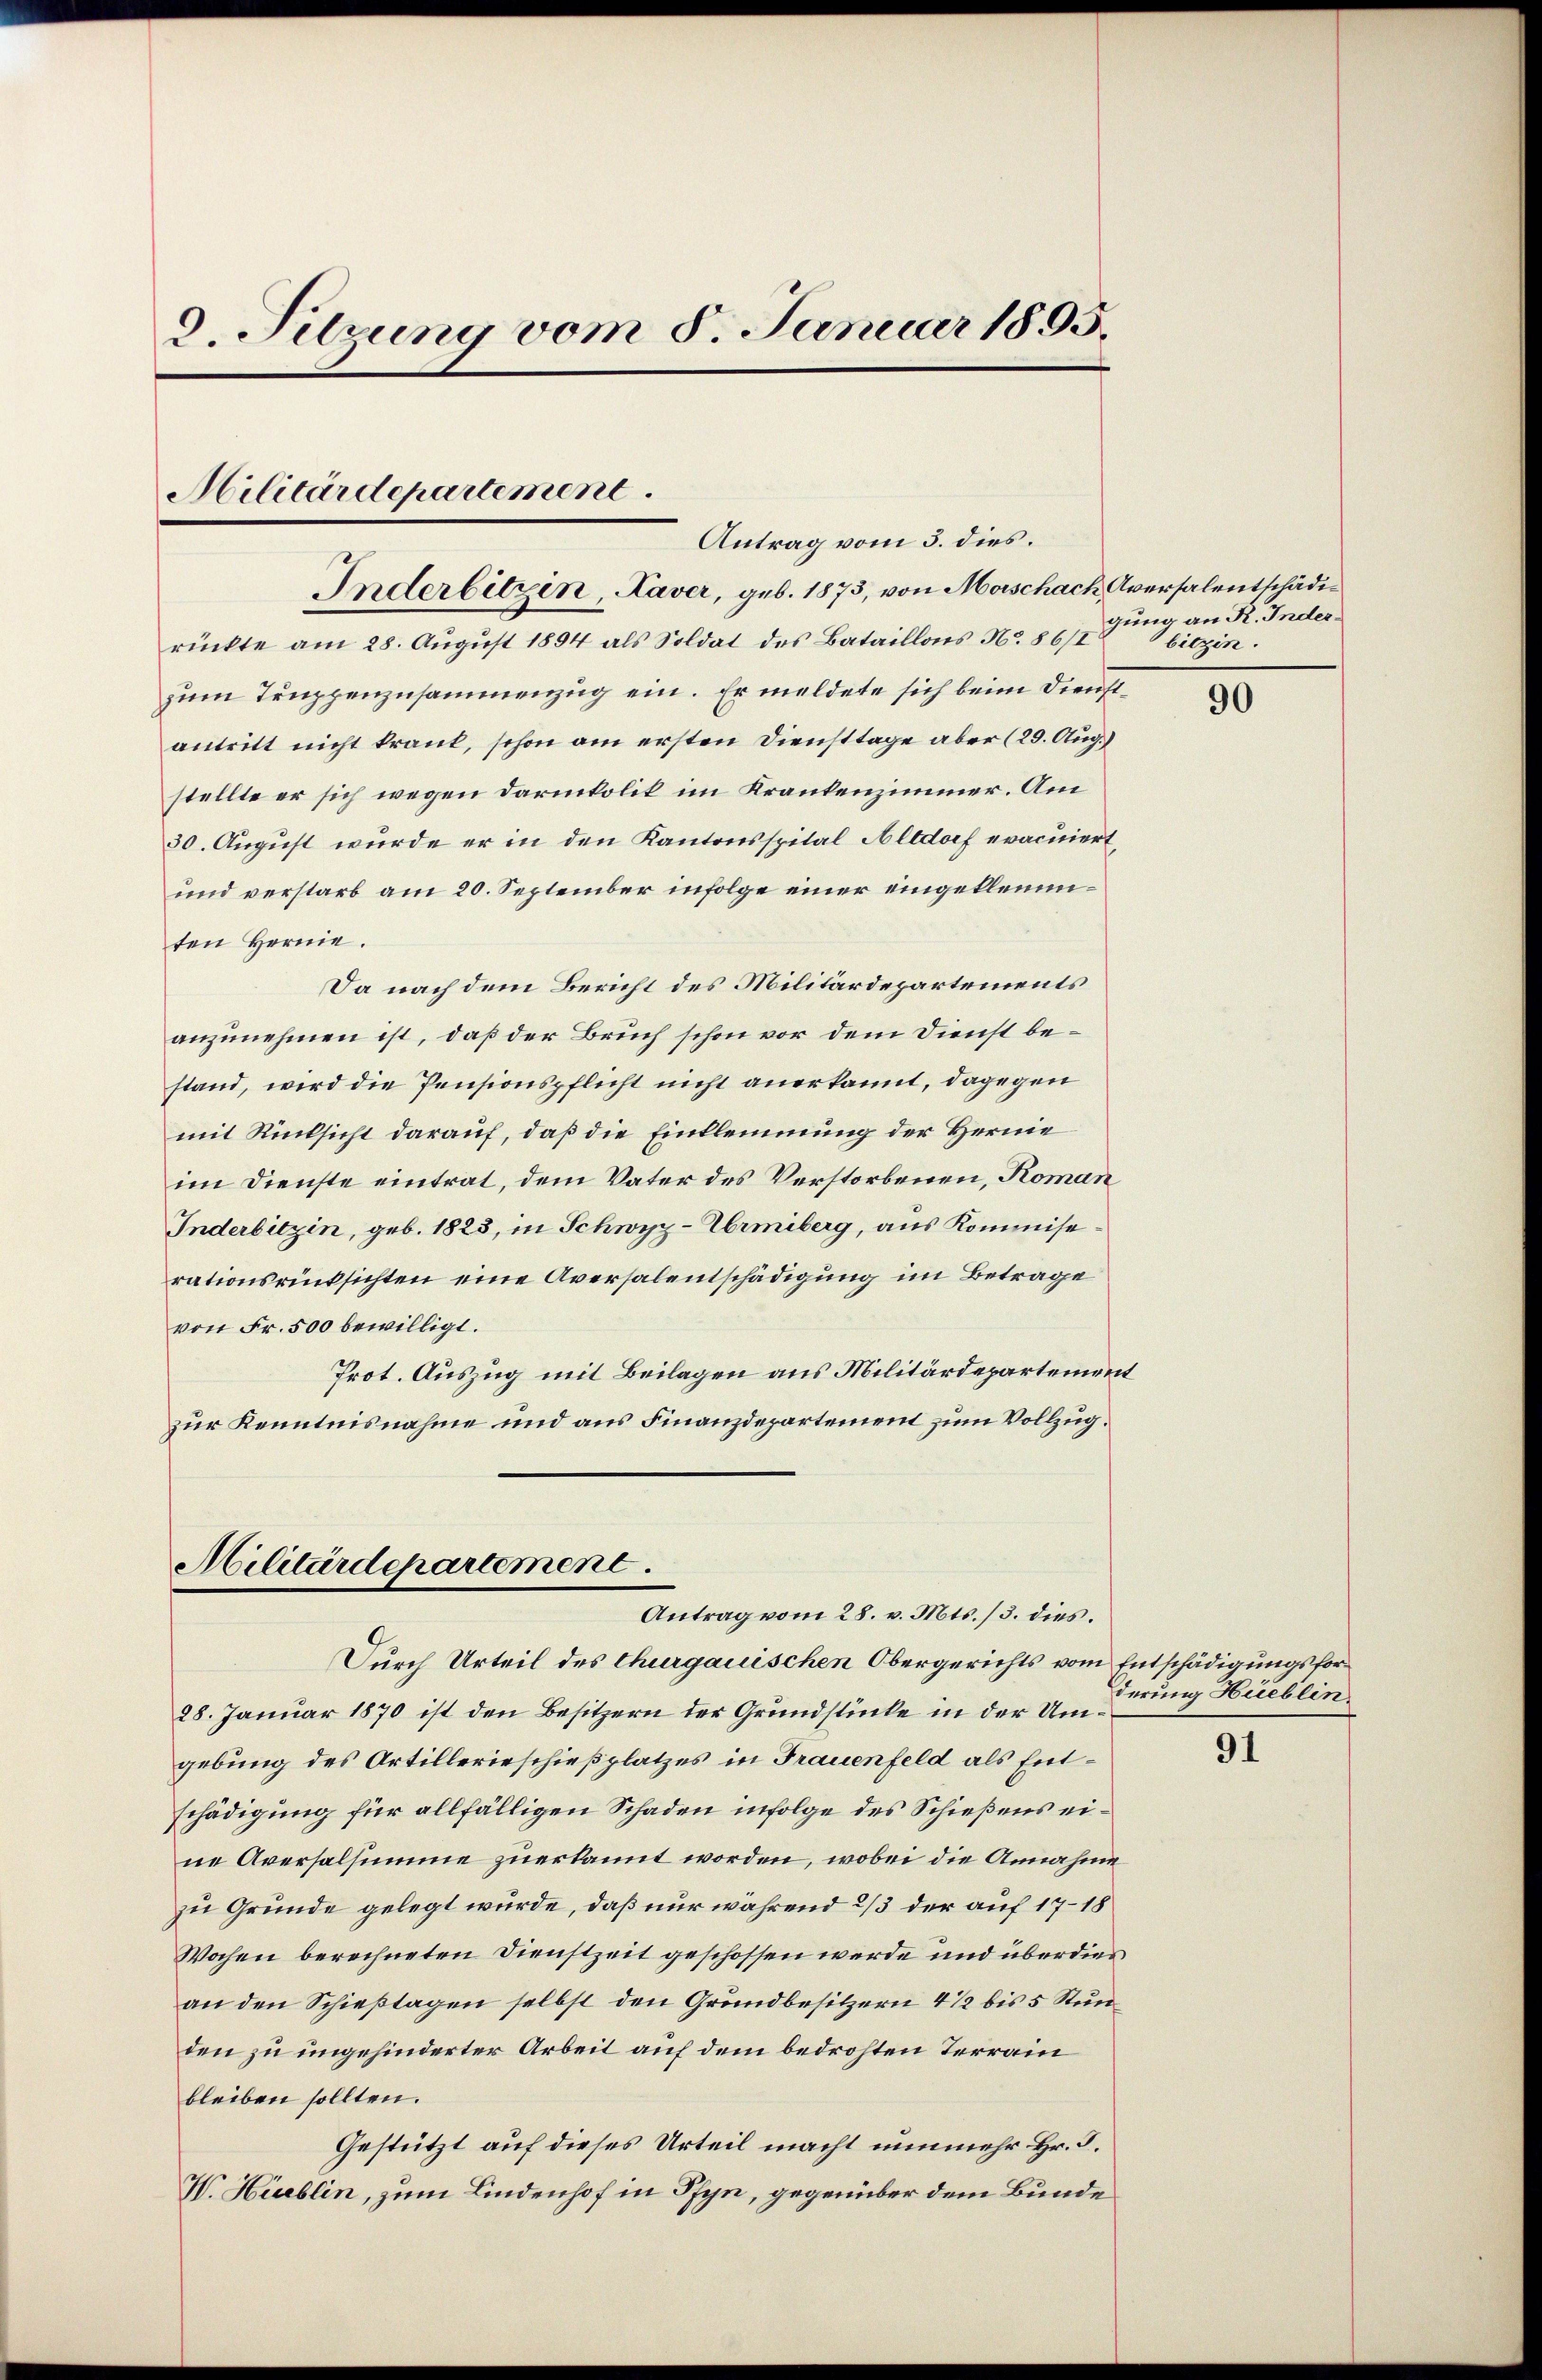
d. Sitzung vom 8. Januar 1895.
Militärdepartement
Antrag vom 5. dies.

Inderbitzen, Kaver, geb. 1873, von Morschach Aversalentschädi¬

Militärdepartement
Antrag vom 28. v. Mts. /3. dies.

rückte am 28. August 1894 als Soldat des Bataillons No 86/I
zum Truppenzusammenzug ein. Er meldete sich beim Dienstantritt nicht krank, schon am ersten Diensttage aber (29. Aug.)
stellte er sich wegen Darmkolik im Krankenzimmer. Am
30. August wurde er in den Kantonsspital Altdorf eracuiert,
und verstarb am 20. September infolge einer eingekleinten Hernie.
Da nach dem Bericht des Militärdepartements
anzunehmen ist, daß der Bruch schon vor dem Dienst bestand, wird die Pensionspflicht nicht anerkannt, dagegen
mit Rücksicht darauf, daß die Einklemmung der Herre
im Dienste eintrat, dem Vater des Verstorbenen, Roman
Inderbitzin, geb. 1823, in Schwyz-Abrmiberg, aus Kommiserationsrücksichten eine Aversalentschädigung im Betrage
von Fr. 500 bewilligt.
Prot. Auszug mit Beilagen aus Militärdepartement
zur Kenntnisnahme und aus Finanzdepartement zum Vollzug.

Durch Urteil des Thurgauischen Obergerichts vom Entschädigungsfor¬
28. Januar 1870 ist den Besitzern der Grundstücke in der Umgebung des Artillerieschießplatzes in Frauenfeld als Entschädigung für allfälligen Schaden infolge des Schießens eine Aversalsumme zuerkannt worden, wobei die Annahme
zu Grunde gelegt wurde, daß nur während 2/3 der auf 17-18
Wochen berechneten Dienstzeit geschossen werde und überdies
an den Schießtagen selbst den Grundbesitzern 4 1/2 bis 5 Stunden zu ungehinderter Arbeit auf dem bedrohten Terrain
bleiben sollten.
Gestützt auf dieses Urteil macht nunmehr Hr. F.
V. Hieblin, zum Lindenhof in Pfyn, gegenüber dem Bunde

gung an R. Inderbitzin.

90

derung Hueblin

91